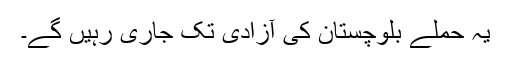
یہ حملے بلوچستان کی آزادی تک جاری رہیں گے۔